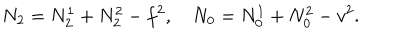
LaTeX: N _ { 2 } = N _ { 2 } ^ { 1 } + N _ { 2 } ^ { 2 } - f ^ { 2 } , \quad N _ { 0 } = N _ { 0 } ^ { 1 } + N _ { 0 } ^ { 2 } - v ^ { 2 } .